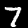
Label: 7